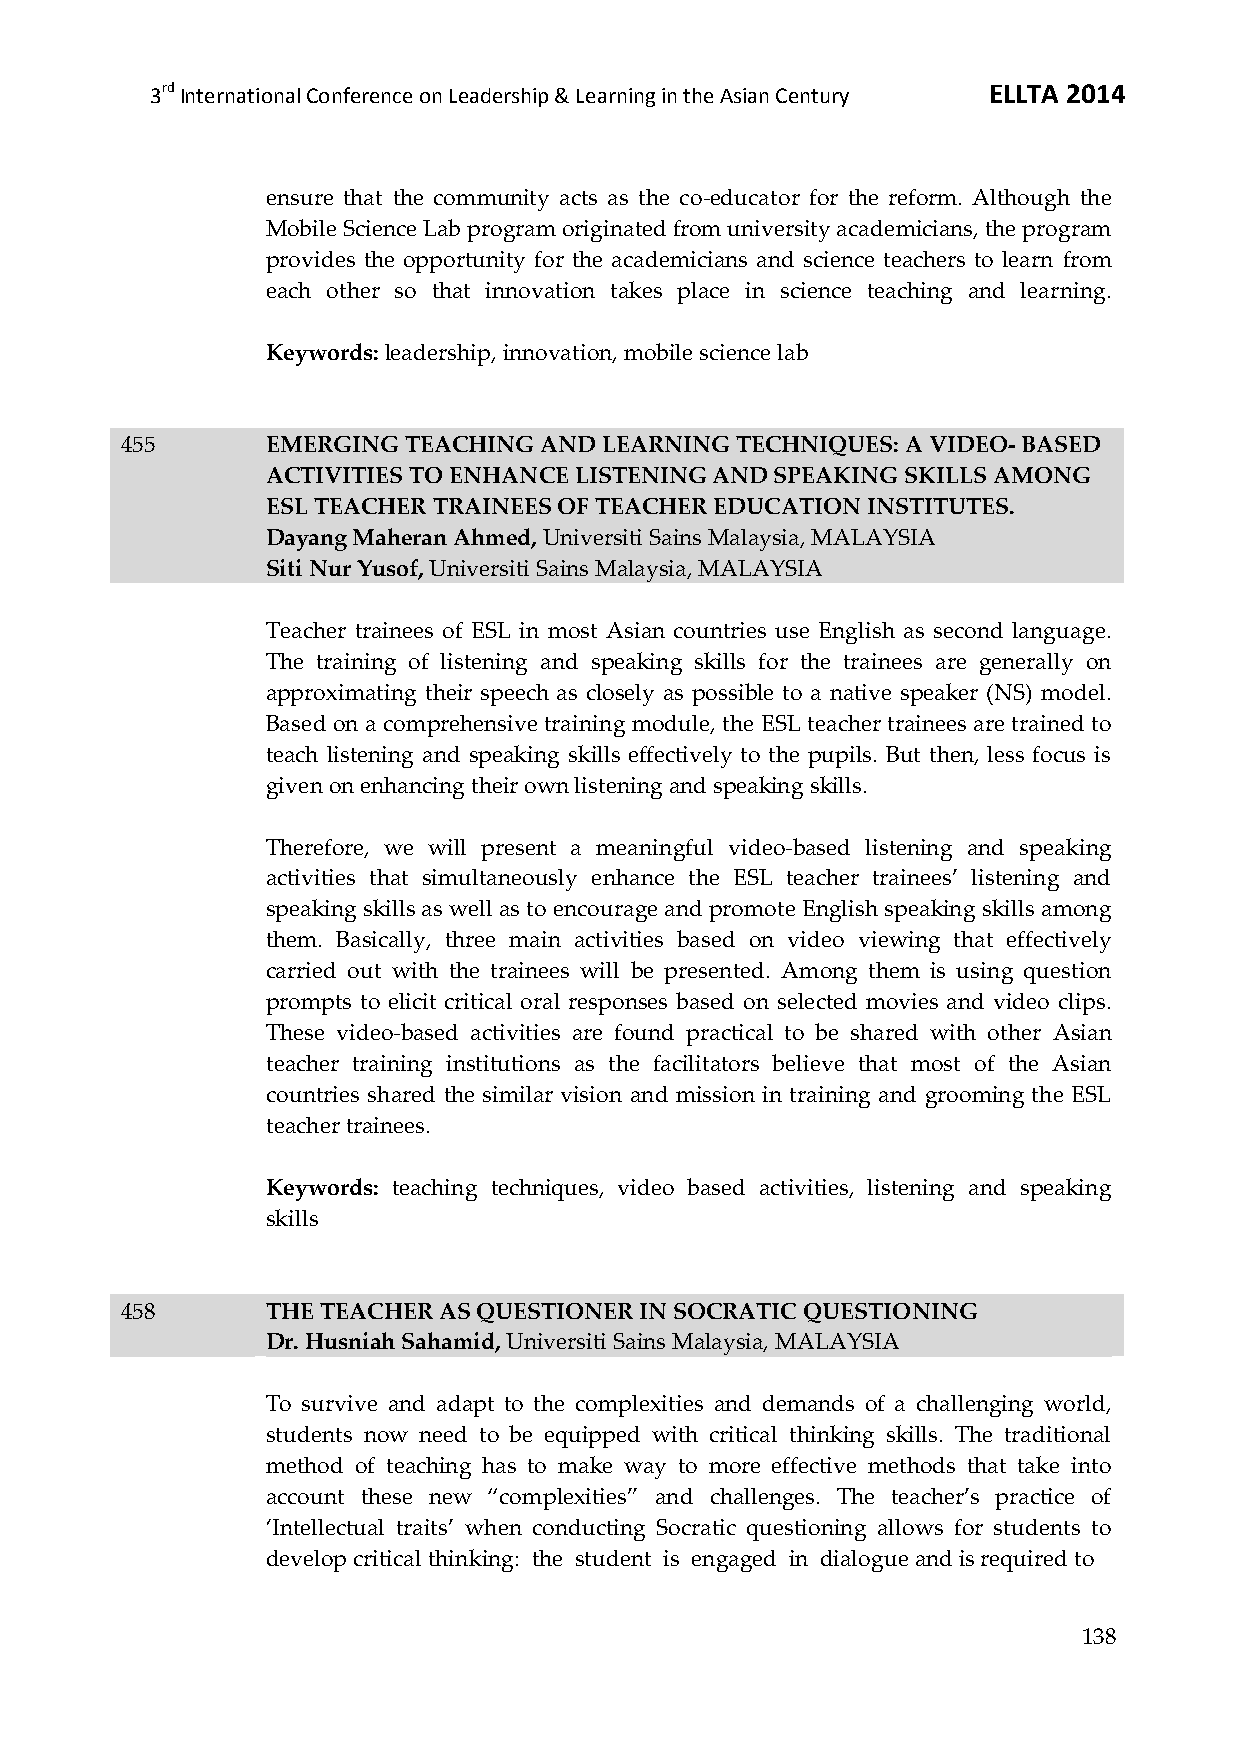
3rd International Conference on Leadership & Learning in the Asian Century ELLTA 2014
 ensure that the community acts as the co-educator for the reform. Although the
 Mobile Science Lab program originated from university academicians, the program
 provides the opportunity for the academicians and science teachers to learn from
 each other so that innovation takes place in science teaching and learning.
 Keywords: leadership, innovation, mobile science lab
 455       EMERGING TEACHING AND LEARNING TECHNIQUES: A VIDEO- BASED
 ACTIVITIES TO ENHANCE LISTENING AND SPEAKING SKILLS AMONG
 ESL TEACHER TRAINEES OF TEACHER EDUCATION INSTITUTES.
 Dayang Maheran Ahmed, Universiti Sains Malaysia, MALAYSIA
 Siti Nur Yusof, Universiti Sains Malaysia, MALAYSIA
 Teacher trainees of ESL in most Asian countries use English as second language.
 The training of listening and speaking skills for the trainees are generally on
 approximating their speech as closely as possible to a native speaker (NS) model.
 Based on a comprehensive training module, the ESL teacher trainees are trained to
 teach listening and speaking skills effectively to the pupils. But then, less focus is
 given on enhancing their own listening and speaking skills.
 Therefore, we will present a meaningful video-based listening and speaking
 activities that simultaneously enhance the ESL teacher trainees’ listening and
 speaking skills as well as to encourage and promote English speaking skills among
 them. Basically, three main activities based on video viewing that effectively
 carried out with the trainees will be presented. Among them is using question
 prompts to elicit critical oral responses based on selected movies and video clips.
 These video-based activities are found practical to be shared with other Asian
 teacher training institutions as the facilitators believe that most of the Asian
 countries shared the similar vision and mission in training and grooming the ESL
 teacher trainees.
 Keywords: teaching techniques, video based activities, listening and speaking
 skills
 458       THE TEACHER AS QUESTIONER IN SOCRATIC QUESTIONING
 Dr. Husniah Sahamid, Universiti Sains Malaysia, MALAYSIA
 To survive and adapt to the complexities and demands of a challenging world,
 students now need to be equipped with critical thinking skills. The traditional
 method of teaching has to make way to more effective methods that take into
 account these new ‚complexities‛ and challenges. The teacher’s practice of
 ‘Intellectual traits’ when conducting Socratic questioning allows for students to
 develop critical thinking: the student is engaged in dialogue and is required to
 138